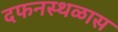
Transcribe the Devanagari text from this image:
दफनस्थळास